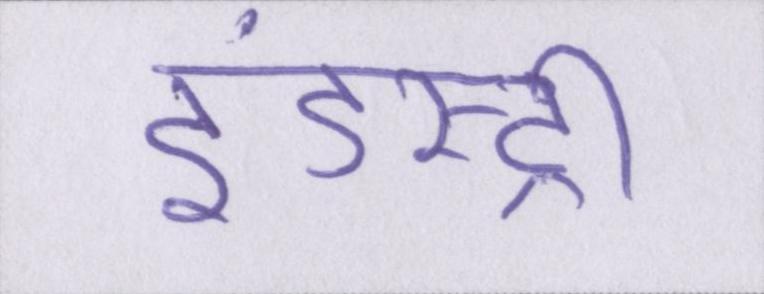
इंडस्ट्री